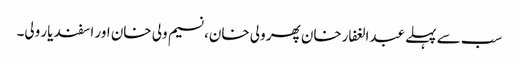
سب سے پہلے عبدالغفارخان پھر ولی خان، نسیم ولی خان اور اسفند یار ولی۔